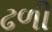
ઢળી